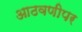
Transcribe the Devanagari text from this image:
आठवणीपर